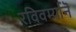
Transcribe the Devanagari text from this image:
रविवर्म्यानॆ